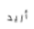
أريد